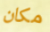
مكان